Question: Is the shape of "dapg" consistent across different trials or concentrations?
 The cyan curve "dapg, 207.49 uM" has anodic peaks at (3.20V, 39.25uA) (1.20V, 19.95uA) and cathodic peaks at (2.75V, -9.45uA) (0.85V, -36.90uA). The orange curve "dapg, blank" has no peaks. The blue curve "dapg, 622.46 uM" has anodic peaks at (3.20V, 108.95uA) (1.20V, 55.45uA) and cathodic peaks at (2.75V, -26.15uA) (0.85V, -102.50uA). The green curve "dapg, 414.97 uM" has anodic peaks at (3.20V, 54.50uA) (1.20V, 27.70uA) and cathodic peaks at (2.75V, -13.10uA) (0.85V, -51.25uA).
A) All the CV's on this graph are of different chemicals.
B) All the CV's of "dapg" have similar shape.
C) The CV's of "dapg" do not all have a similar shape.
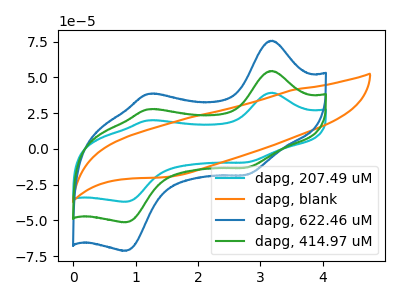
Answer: <think>"dapg, 207.49 uM" and "dapg, blank" have a different number of peaks. All the peaks in "dapg, 207.49 uM" have a peak in "dapg, 622.46 uM" at the same potential. Every peak in "dapg, 207.49 uM" is lower than every peak in "dapg, 622.46 uM". All the peaks in "dapg, 207.49 uM" have a peak in "dapg, 414.97 uM" at the same potential. Every peak in "dapg, 207.49 uM" is lower than every peak in "dapg, 414.97 uM". "dapg, blank" and "dapg, 622.46 uM" have a different number of peaks. "dapg, blank" and "dapg, 414.97 uM" have a different number of peaks. All the peaks in "dapg, 622.46 uM" have a peak in "dapg, 414.97 uM" at the same potential. Every peak in "dapg, 622.46 uM" is higher than every peak in "dapg, 414.97 uM".
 </think>
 <answer>B) All the CV's of "dapg" have similar shape.</answer>
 <eval>B</eval>